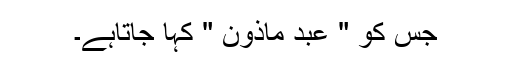
جس کو " عبد ماذون " کہا جاتاہے۔